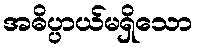
အဓိပ္ပာယ်မရှိသော